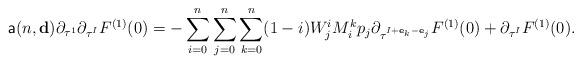
LaTeX: \begin{align*}\mathsf{a}(n,\mathbf{d})\partial_{\tau^1}\partial_{\tau^I}F^{(1)}(0)=- \sum_{i=0}^{n}\sum_{j=0}^n\sum_{k=0}^n(1-i)W_j^i M_{i}^k p_j \partial_{\tau^{I+\mathbf{e}_k- \mathbf{e}_j}}F^{(1)}(0)+\partial_{\tau^I}F^{(1)}(0).\end{align*}